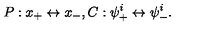
P : x _ { + } \leftrightarrow x _ { - } , C : \psi _ { + } ^ { i } \leftrightarrow \psi _ { - } ^ { i } .